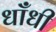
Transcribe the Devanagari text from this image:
धाँधी